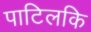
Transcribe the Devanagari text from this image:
पाटिलकि